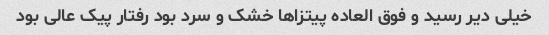
خیلی دیر رسید و فوق العاده پیتزاها خشک و سرد بود رفتار پیک عالی بود